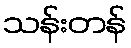
သန်းတန်